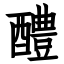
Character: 醴